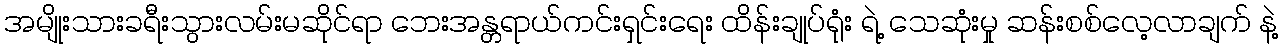
အမျိုးသားခရီးသွားလမ်းမဆိုင်ရာ ဘေးအန္တရာယ်ကင်းရှင်းရေး ထိန်းချုပ်ရုံး ရဲ့ သေဆုံးမှု ဆန်းစစ်လေ့လာချက် နဲ့